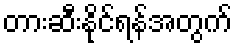
တားဆီးနိုင်ရန်အတွက်